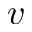
v